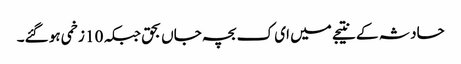
حادثہ کے نتیجے میں ای ک بچہ جاں بحق جبکہ 10 زخمی ہو گئے۔